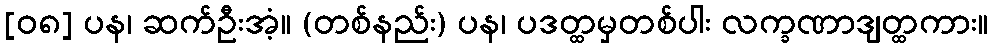
[၀၈] ပန၊ ဆက်ဦးအံ့။ (တစ်နည်း) ပန၊ ပဒတ္ထမှတစ်ပါး လက္ခဏာဒျတ္ထကား။